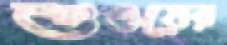
শুওয়ের